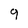
Character: 9